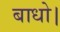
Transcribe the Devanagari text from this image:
बाधो।